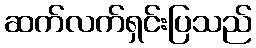
ဆက်လက်ရှင်းပြသည်